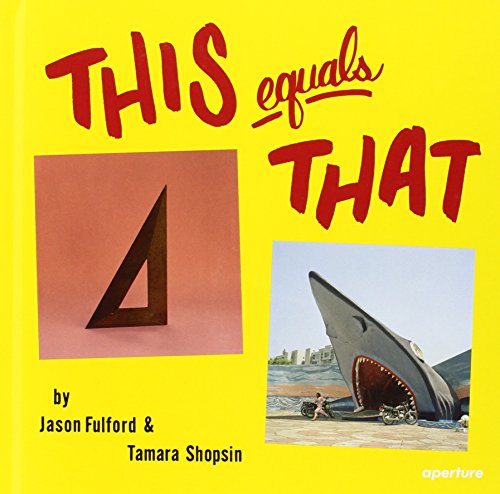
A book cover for This Equals That; Children's Books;